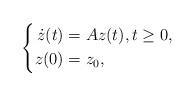
LaTeX: \begin{align*}\left\{\begin{aligned}\dot{z}(t)&=Az(t),t\ge0,\\z(0)&=z_0,\end{aligned}\right.\end{align*}